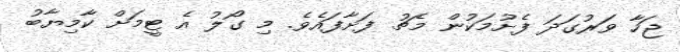
ޖަހާ ވަރުގަދަ ފެށުމަކުން މެޗު ފަށާފައެވެ. މި ގޯލު އެ ޓީމަށް ކާމިޔާބު